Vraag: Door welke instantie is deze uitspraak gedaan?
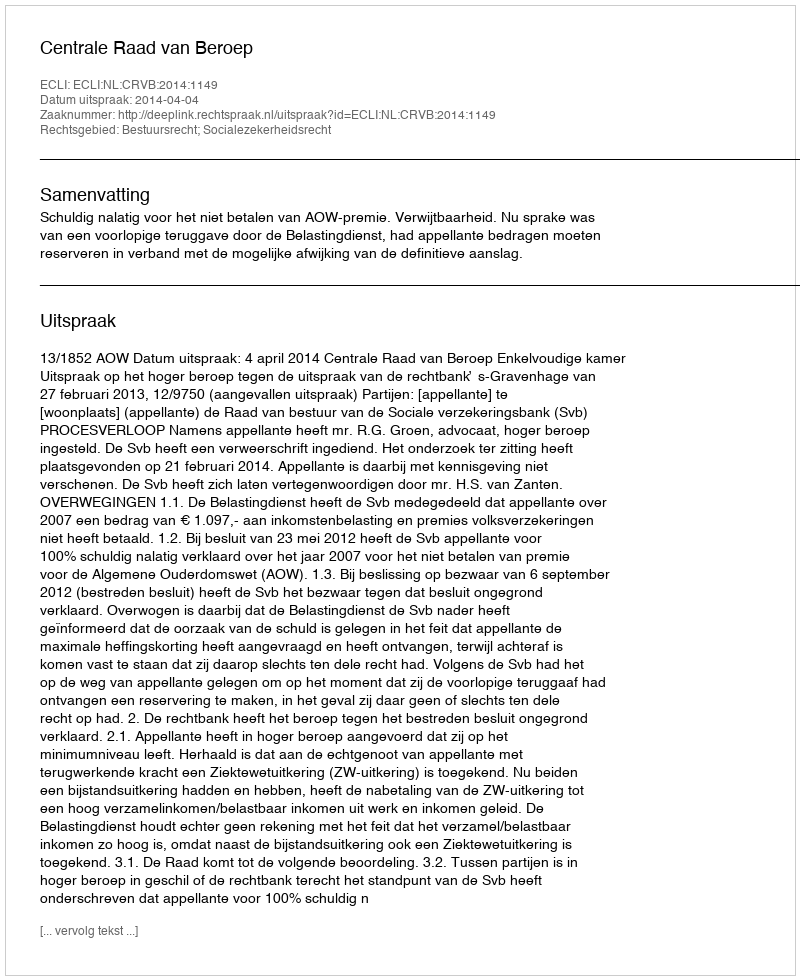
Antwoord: Centrale Raad van Beroep